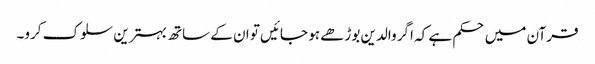
قرآن میں حکم ہے کہ اگر والدین بوڑھے ہو جائیں تو ان کے ساتھ بہترین سلوک کرو۔